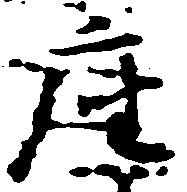
座